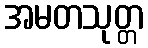
အမတသုတ္တ